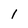
Character: 1